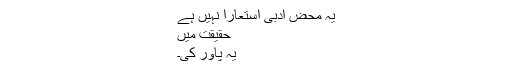
یہ محض ادبی استعارا نہیں ہے
حقیقت میں
یہ پاور کی۔